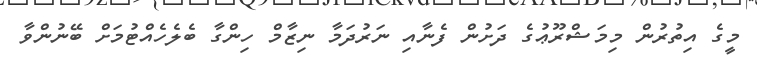
މީގެ އިތުރުން މިމަޝްރޫޢުގެ ދަށުން ފެނާއި ނަރުދަމާ ނިޒާމް ހިންގާ ބެލެހެއްޓުމަށް ބޭނުންވާ